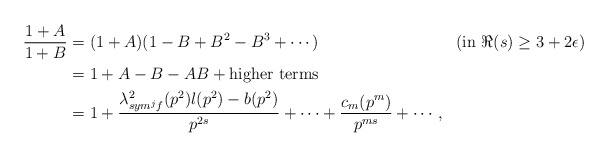
\begin{align*}\frac{1+A}{1+B}&=(1+A)(1-B+B^{2}-B^{3}+\cdots) &&(\mbox{in $\Re(s)\geq 3+2\epsilon$}) \\&=1+A-B-AB+ \mbox{higher terms} \\&=1+\frac{\lambda^{2}_{sym^{j}f}(p^{2})l(p^{2})-b(p^{2})}{p^{2s}}+\cdots+\frac{c_{m}(p^{m})}{p^{ms}}+\cdots,\end{align*}